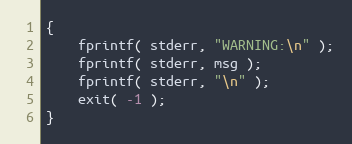
Language: C++
{
	fprintf( stderr, "WARNING:\n" );
	fprintf( stderr, msg );
	fprintf( stderr, "\n" );
	exit( -1 );
}